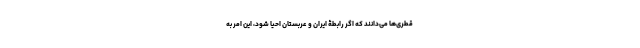
قطری‌ها می‌دانند که اگر رابطۀ ایران و عربستان احیا شود، این امر به